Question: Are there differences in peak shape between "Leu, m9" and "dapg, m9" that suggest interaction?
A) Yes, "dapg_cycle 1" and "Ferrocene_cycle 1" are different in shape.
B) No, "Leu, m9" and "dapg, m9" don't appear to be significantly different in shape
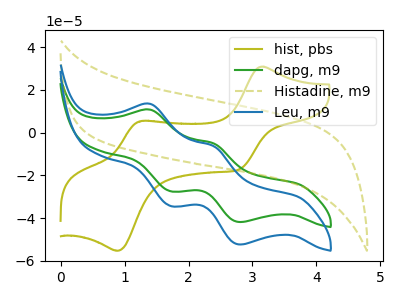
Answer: <think>The olive curve "hist, pbs" has anodic peaks at (3.15V, 30.95uA) (1.25V, 5.50uA) and cathodic peaks at (2.80V, -17.15uA) (0.90V, -55.25uA). The green curve "dapg, m9" has anodic peaks at (1.40V, 10.80uA) (2.40V, -5.00uA) and cathodic peaks at (1.70V, -27.45uA) (2.80V, -41.85uA). The olive dashed curve "Histadine, m9" has no peaks. The blue curve "Leu, m9" has anodic peaks at (1.40V, 13.50uA) (2.40V, -6.25uA) and cathodic peaks at (1.70V, -34.35uA) (2.80V, -52.35uA).
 All the peaks in "Leu, m9" have a peak in "dapg, m9" at the same potential.</think>
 <answer>B) No, "Leu, m9" and "dapg, m9" don't appear to be significantly different in shape</answer>
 <eval>B</eval>